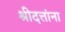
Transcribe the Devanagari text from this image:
श्रीदत्तांना